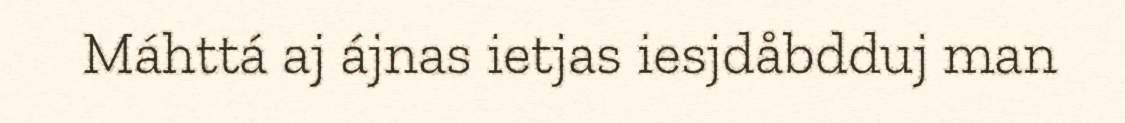
Máhttá aj ájnas ietjas iesjdåbdduj man